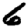
Digit: 6